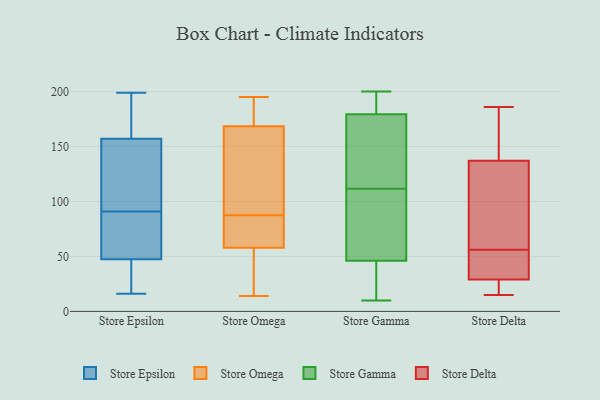
{"axis": {"x": "Bounce Rate (%)", "y": "Value"}, "legend": ["Store Delta", "Store Epsilon", "Store Gamma", "Store Omega"], "data": [{"x": "", "y": 172, "type": "Store Epsilon"}, {"x": "", "y": 115, "type": "Store Epsilon"}, {"x": "", "y": 182, "type": "Store Epsilon"}, {"x": "", "y": 187, "type": "Store Epsilon"}, {"x": "", "y": 19, "type": "Store Epsilon"}, {"x": "", "y": 199, "type": "Store Epsilon"}, {"x": "", "y": 103, "type": "Store Epsilon"}, {"x": "", "y": 183, "type": "Store Epsilon"}, {"x": "", "y": 56, "type": "Store Epsilon"}, {"x": "", "y": 38, "type": "Store Epsilon"}, {"x": "", "y": 75, "type": "Store Epsilon"}, {"x": "", "y": 39, "type": "Store Epsilon"}, {"x": "", "y": 27, "type": "Store Epsilon"}, {"x": "", "y": 142, "type": "Store Epsilon"}, {"x": "", "y": 65, "type": "Store Epsilon"}, {"x": "", "y": 79, "type": "Store Epsilon"}, {"x": "", "y": 105, "type": "Store Epsilon"}, {"x": "", "y": 66, "type": "Store Epsilon"}, {"x": "", "y": 16, "type": "Store Epsilon"}, {"x": "", "y": 105, "type": "Store Epsilon"}, {"x": "", "y": 157, "type": "Store Omega"}, {"x": "", "y": 21, "type": "Store Omega"}, {"x": "", "y": 78, "type": "Store Omega"}, {"x": "", "y": 14, "type": "Store Omega"}, {"x": "", "y": 180, "type": "Store Omega"}, {"x": "", "y": 195, "type": "Store Omega"}, {"x": "", "y": 68, "type": "Store Omega"}, {"x": "", "y": 60, "type": "Store Omega"}, {"x": "", "y": 116, "type": "Store Omega"}, {"x": "", "y": 76, "type": "Store Omega"}, {"x": "", "y": 194, "type": "Store Omega"}, {"x": "", "y": 97, "type": "Store Omega"}, {"x": "", "y": 56, "type": "Store Omega"}, {"x": "", "y": 183, "type": "Store Omega"}, {"x": "", "y": 26, "type": "Store Omega"}, {"x": "", "y": 101, "type": "Store Omega"}, {"x": "", "y": 52, "type": "Store Gamma"}, {"x": "", "y": 76, "type": "Store Gamma"}, {"x": "", "y": 10, "type": "Store Gamma"}, {"x": "", "y": 46, "type": "Store Gamma"}, {"x": "", "y": 12, "type": "Store Gamma"}, {"x": "", "y": 178, "type": "Store Gamma"}, {"x": "", "y": 40, "type": "Store Gamma"}, {"x": "", "y": 115, "type": "Store Gamma"}, {"x": "", "y": 111, "type": "Store Gamma"}, {"x": "", "y": 194, "type": "Store Gamma"}, {"x": "", "y": 130, "type": "Store Gamma"}, {"x": "", "y": 46, "type": "Store Gamma"}, {"x": "", "y": 187, "type": "Store Gamma"}, {"x": "", "y": 15, "type": "Store Gamma"}, {"x": "", "y": 200, "type": "Store Gamma"}, {"x": "", "y": 112, "type": "Store Gamma"}, {"x": "", "y": 187, "type": "Store Gamma"}, {"x": "", "y": 89, "type": "Store Gamma"}, {"x": "", "y": 117, "type": "Store Gamma"}, {"x": "", "y": 181, "type": "Store Gamma"}, {"x": "", "y": 99, "type": "Store Delta"}, {"x": "", "y": 186, "type": "Store Delta"}, {"x": "", "y": 24, "type": "Store Delta"}, {"x": "", "y": 34, "type": "Store Delta"}, {"x": "", "y": 78, "type": "Store Delta"}, {"x": "", "y": 137, "type": "Store Delta"}, {"x": "", "y": 15, "type": "Store Delta"}, {"x": "", "y": 161, "type": "Store Delta"}, {"x": "", "y": 30, "type": "Store Delta"}, {"x": "", "y": 29, "type": "Store Delta"}]}